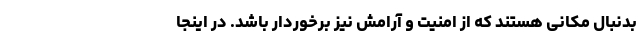
بدنبال مکانی هستند که از امنیت و آرامش نیز برخوردار باشد. در اینجا